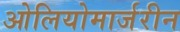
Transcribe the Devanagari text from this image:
ओलियोमार्जरीन